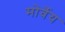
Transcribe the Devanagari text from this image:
मोर्वेय